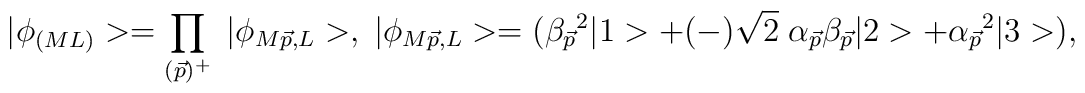
|\phi_{(ML)}> = \prod_{(\vec{p})^{+}} \; |\phi_{M\vec{p}, L}>, \; |\phi_{M\vec{p}, L} > = ( \beta_{\vec{p}}{ }^2 |1> +(-)\sqrt{2} \; \alpha_{\vec{p}} \beta_{\vec{p}} |2> + \alpha_{\vec{p}}{ }^2|3> ),